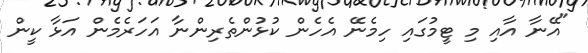
"އޭނާ އާއި މި ޓީމުގައި ހިމެނޭ އެހެން ކުޅުންތެރިންނާ އަހަަރެމެން އަޅާ ކީން